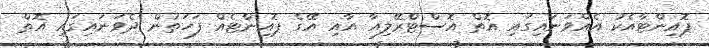
ޕޮއިންޓާއެކު އެއްވަނައިގައި އޮތް އޮސްޓްރޭލިއާ އާއި އޭގެ ޕޮއިންޓެއް ފަހަތުން ދެވަނައިގައި އޮތް